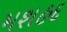
મશહદ